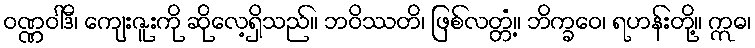
ဝဏ္ဏဝါဒီ၊ ကျေးဇူးကို ဆိုလေ့ရှိသည်။ ဘဝိဿတိ၊ ဖြစ်လတ္တံ့။ ဘိက္ခဝေ၊ ရဟန်းတို့။ ဣဓ၊